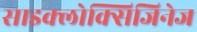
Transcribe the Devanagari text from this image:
साइक्लोक्सिजिनेज